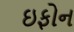
ઇફોન